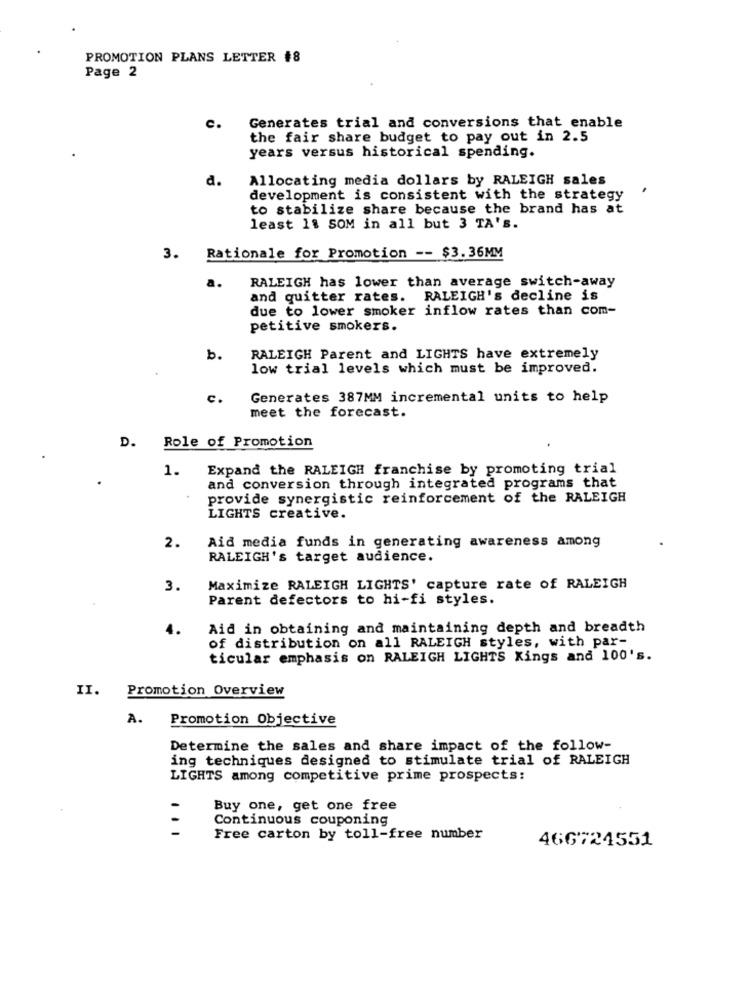
PROMOTION PLANS LETTER #8
Page 2
Generates trial and conversions that enable
C.
the fair share budget to pay out in 2.5
years versus historical spending.
d.
Allocating media dollars by RALEIGH sales
development is consistent with the strategy
to stabilize share because the brand has at
least 11 SOM in all but 3 TA's.
3. Rationale for Promotion -- $3.36MM
RALEIGH has lower than average switch-away
and quitter rates. RALEIGH's decline is
due to lower smoker inflow rates than com-
petitive smokers.
b.
RALEIGH Parent and LIGHTS have extremely
low trial levels which must be improved.
c .
Generates 387MM incremental units to help
meet the forecast.
D.
Role of Promotion
1.
Expand the RALEIGH franchise by promoting trial
and conversion through integrated programs that
provide synergistic reinforcement of the RALEIGH
LIGHTS creative.
Aid media funds in generating awareness among
2.
RALEIGH's target audience.
3.
Maximize RALEIGH LIGHTS' capture rate of RALEIGH
Parent defectors to hi-fi styles.
4.
Aid in obtaining and maintaining depth and breadth
of distribution on all RALEIGH styles, with par-
ticular emphasis on RALEIGH LIGHTS Kings and 100's.
II. Promotion Overview
A.
Promotion Objective
Determine the sales and share impact of the follow-
ing techniques designed to stimulate trial of RALEIGH
LIGHTS among competitive prime prospects:
Buy one, get one free
Continuous couponing
...
Free carton by toll-free number
466724551